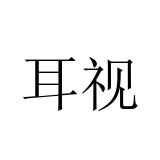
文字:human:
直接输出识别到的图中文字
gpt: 耳视